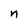
Character: n